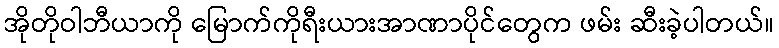
အိုတိုဝါဘီယာကို မြောက်ကိုရီးယားအာဏာပိုင်တွေက ဖမ်း ဆီးခဲ့ပါတယ်။